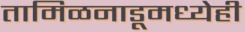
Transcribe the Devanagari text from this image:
तामिळनाडूमध्येही